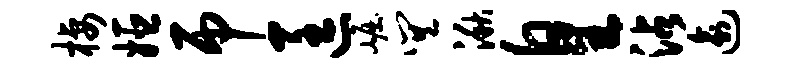
栖姬吊匡崛巽湫皇沾逾